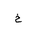
Letter: _kha